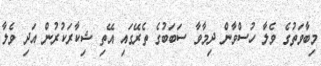
މިބާވަތުގެ ވެލާ ހުސްވާން ދިމާވާ ސަބަބުގެ ތެރޭގައި އޭތި ޝިކާރަކުރުން އަދި ވެލާ